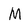
Character: M